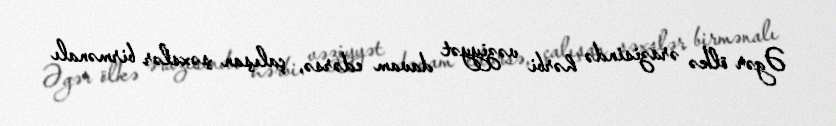
Əgər ölkə ərazisində hərbi vəziyyət davam edərsə, çalışan şəxslər birmənalı